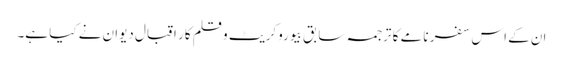
ان کے اس سفر نامے کا ترجمہ سابق بیوروکریٹ و قلم کار اقبال دیوان نے کیا ہے۔